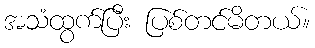
အသံထွက်ပြီး ပြစ်တင်မိတယ်။